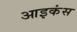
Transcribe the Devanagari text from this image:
आइकंस